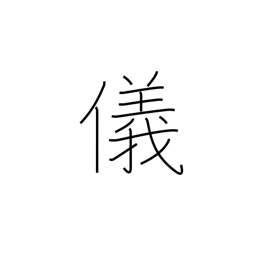
Meaning: affair